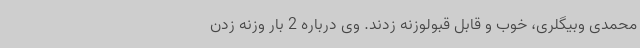
محمدی وبیگلری، خوب و قابل قبولوزنه زدند. وی درباره 2 بار وزنه زدن